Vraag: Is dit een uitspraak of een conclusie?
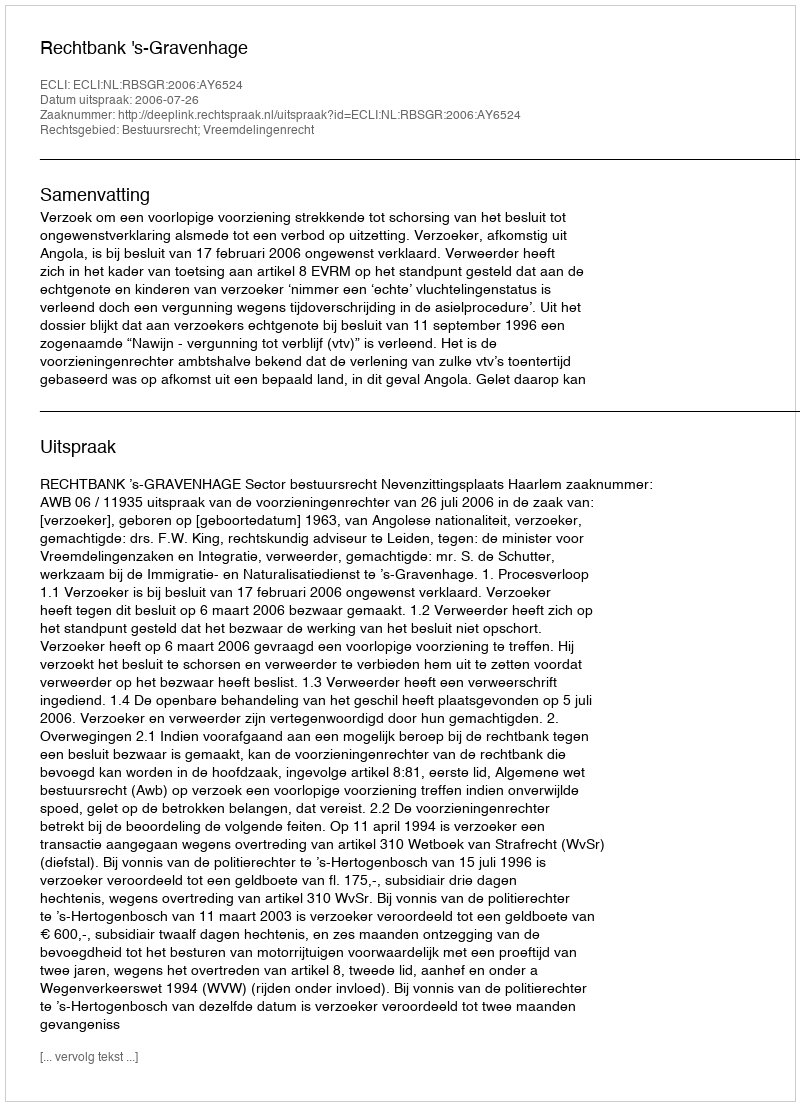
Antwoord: Uitspraak